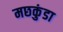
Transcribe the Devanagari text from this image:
मछकुंडा